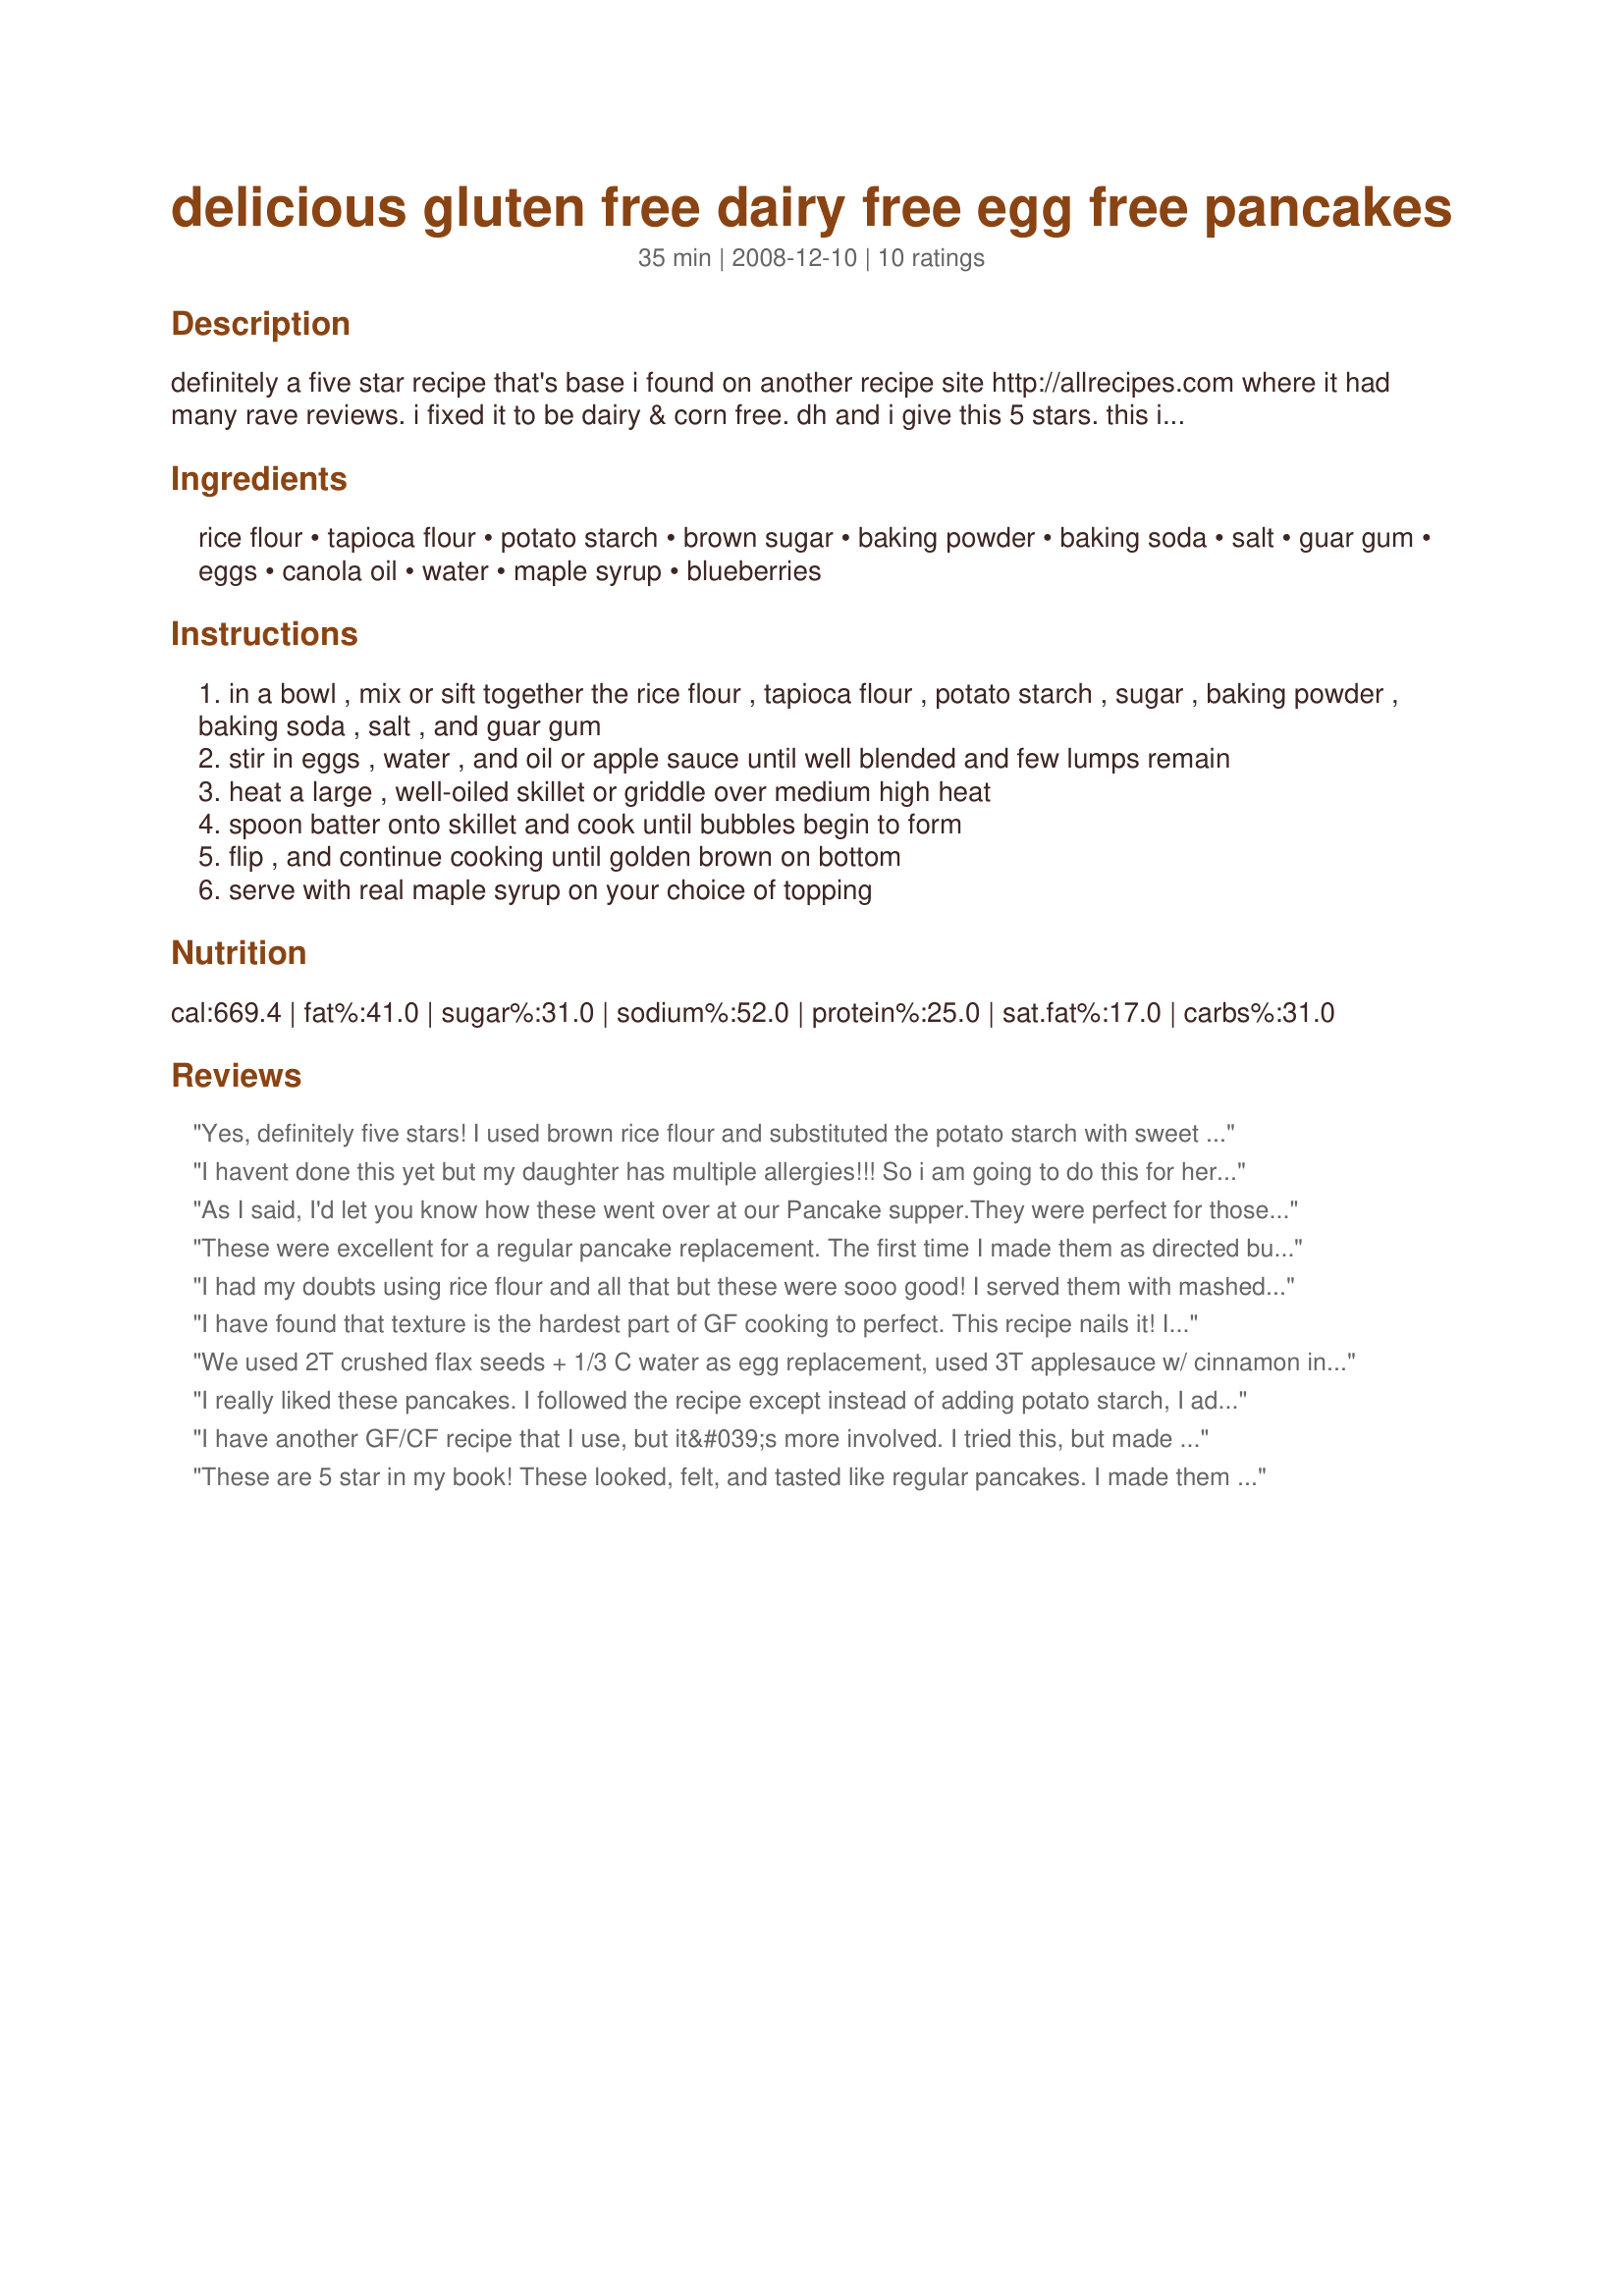
delicious gluten free dairy free egg free pancakes
Preparation time: 35 minutes

definitely a five star recipe that's base i found on another recipe site http://allrecipes.com where it had many rave reviews. i fixed it to be dairy & corn free. dh and i give this 5 stars. this is excellent served with my recipe #362340 using the maple syrup option or drop a few blueberries on top of each pancake before flipping. they are already delicious with pure maple alone. these work with variations such as a delicious incorporation of chopped or mashed banana, alcohol free vanilla and a dash of coconut milk to taste almost like banana fritters. enjoy them whichever way you choose!

Ingredients:
rice flour, tapioca flour, potato starch, brown sugar, baking powder, baking soda, salt, guar gum, eggs, canola oil, water, maple syrup, blueberries

Steps:
in a bowl , mix or sift together the rice flour , tapioca flour , potato starch , sugar , baking powder , baking soda , salt , and guar gum
stir in eggs , water , and oil or apple sauce until well blended and few lumps remain
heat a large , well-oiled skillet or griddle over medium high heat
spoon batter onto skillet and cook until bubbles begin to form
flip , and continue cooking until golden brown on bottom
serve with real maple syrup on your choice of topping

Reviews:
Yes, definitely five stars! I used brown rice flour and substituted the potato starch with sweet rice flour, and I used egg iin it. Also I used honey instead of the brown sugar. They turned out wonderful. I had them with syrup made of a little honey, rose water and water - delicious! Thanks for posting! Made for Ramadan Tag 2010.
I havent done this yet but my daughter has multiple allergies!!! So i am going to do this for her she has never had pancakes because i could never find the right one Thank you!!!
As I said, I'd let you know how these went over at our Pancake supper.They were perfect for those having dietary needs. Both the celiacs and the lactose intolerant people loved them-and felt more included in the event. There was even a "fight" over who got to take the leftovers home-they all got a few!!! I have promised to make up some of the dry mix so they can make them at home for themselves.Thanks for sharing UmmBinat.
These were excellent for a regular pancake replacement. The first time I made them as directed but the next batch I took some liberties and used coconut oil in replacement of the grapeseed oil, added 1 tsp of vanilla, 1 tsp of cinnamon and 1/4 cup of raw sugar, oh and we are egg free so I used Ener-g egg replacer and then added sliced bananas to each after they were on the griddle. All I can say is our family enjoyed these for dessert (they taste a lot like crepes) and no one mentioned they tasted GF/DF/egg free which is huge for this picky family. Thanks for posting
I had my doubts using rice flour and all that but these were sooo good! I served them with mashed bananas and cream :-)
Made for ZWT6
I have found that texture is the hardest part of GF cooking to perfect. This recipe nails it! I used Bob&#039;s Red Mill Brown Rice Flour and the texture is lovely. The only thing I found a little lacking in this recipe is flavor - it is a little bland. I will make these again, but I will add vanilla or pumpkin or something. Thank you for posting!
We used 2T crushed flax seeds + 1/3 C water as egg replacement, used 3T applesauce w/ cinnamon instead of oil and added blueberries. We also used 3/4 C water and 3/4 C rice milk rather than what was printed based on posted reviews. They were delicious! Everyone in our family enjoyed them (syrup-free!). Thanks for posting what has quickly become our new favorite pancake recipe UmmBinat!
I really liked these pancakes. I followed the recipe except instead of adding potato starch, I added cornstarch. (I didn't have the potato starch.). I also added some ground flax and chia seeds. I was afraid I would never be able to have anything gluten-free that tasted good. These were really good. The kids didn't even ask for syrup. Which is always a plus in my book.
I have another GF/CF recipe that I use, but it&#039;s more involved. I tried this, but made a few changes. I was concerned about the large amount of water and eggs. So, I doubled the recipe, but used 3 eggs and 2 C water, sorghum flour, 4 T Sucanat, and coconut oil. They made 20 (3-inch) pancakes that everyone liked. Thanks for another easy GF/CF pancake recipe - I might try using rice milk instead of water next time too. UPDATE: I did this again, not knowing I had reviewed/made this before. I did all the recipe amounts, but used cashew milk and sweet rice flour, leaving out the sugar. They were quite thin, and REALLY soaked up whatever I fried it in. My first 3 were done in coconut oil, the rest in butter. I like the butter best.
These are 5 star in my book! These looked, felt, and tasted like regular pancakes. I made them egg free using ener-g egg replacer. I also substituted corn starch because I didn't have potato starch. I substituted xantham gum because I didn't have guar gum. I thought the 2 cups of liquid seemed a little much. I started with 1 cup of water, and then ended up adding another 1/2 cup of rice milk. These were excellent. Will definitely be making these again.
